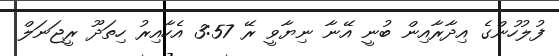
ފުލުހުންގެ އިދާރާއިން ބުނީ އޭނާ ނިޔާވީ ރޭ 3:57 އެހާއިރު ހިތަދޫ ރީޖަނަލް